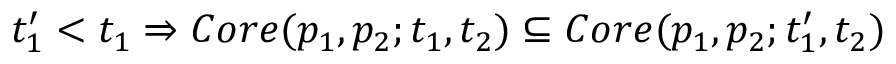
t _ { 1 } ^ { \prime } < t _ { 1 } \Rightarrow C o r e ( p _ { 1 } , p _ { 2 } ; t _ { 1 } , t _ { 2 } ) \subseteq C o r e ( p _ { 1 } , p _ { 2 } ; t _ { 1 } ^ { \prime } , t _ { 2 } )